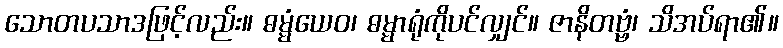
သောတပသာဒဖြင့်လည်း။ ဓမ္မံယေဝ၊ ဓမ္မာရုံကိုပင်လျှင်။ ဇာနိတဗ္ဗံ၊ သိအပ်ရာ၏။